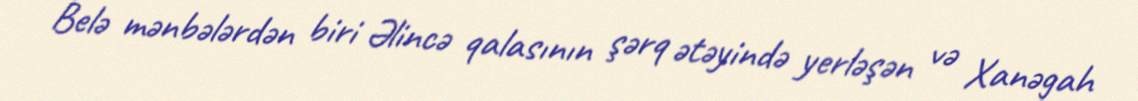
Belə mənbələrdən biri Əlincə qalasının şərq ətəyində yerləşən və Xanəgah